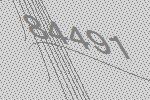
84491